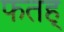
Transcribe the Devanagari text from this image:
फतह्